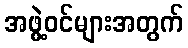
အဖွဲ့ဝင်များအတွက်